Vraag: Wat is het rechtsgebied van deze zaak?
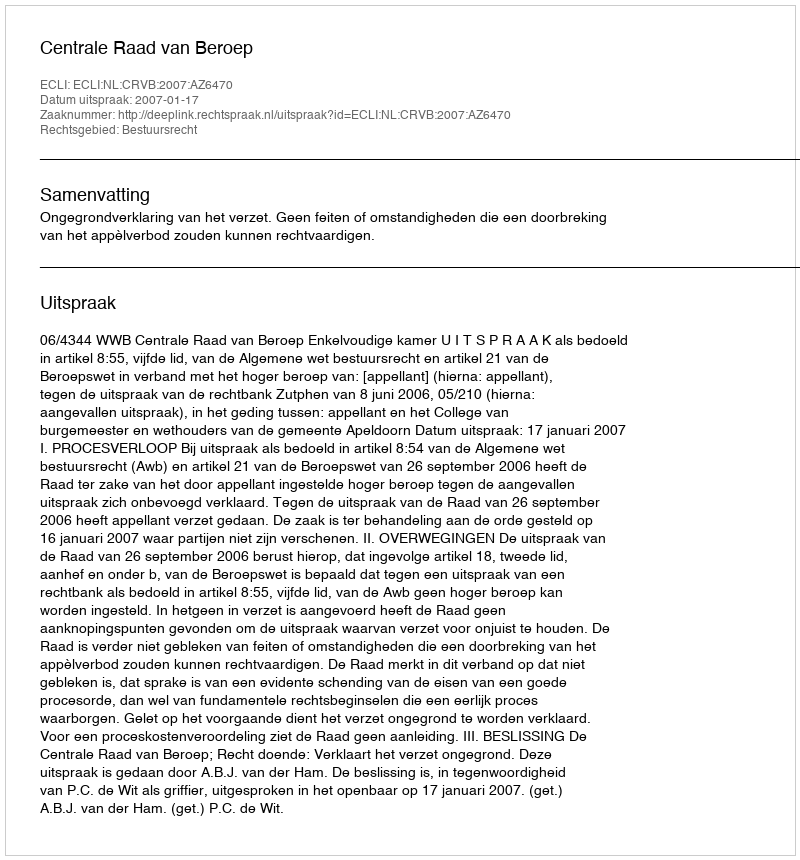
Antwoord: Bestuursrecht